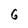
Character: 6